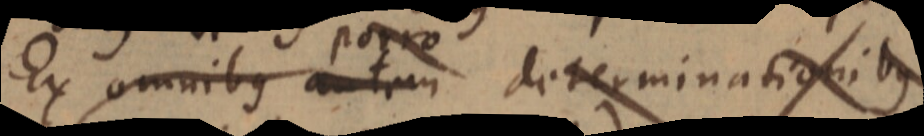
Ex omnibus autem porro determinationibus